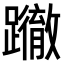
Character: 𨇂